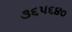
૩૬૫૬૪૦